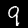
Label: 9